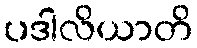
ပဒါလိယာတိ